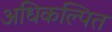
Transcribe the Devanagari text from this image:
अधिकल्पित